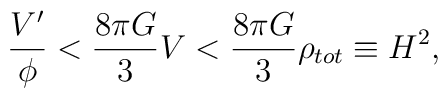
\frac{V'}{\phi} < \frac{8 \pi G}{3} V < \frac{8 \pi G}{3} \rho_{tot} \equiv H^2,